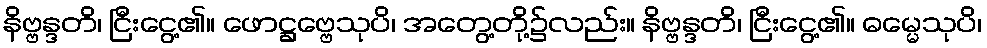
နိဗ္ဗန္ဒတိ၊ ငြီးငွေ့၏။ ဖောဋ္ဌဗ္ဗေသုပိ၊ အတွေ့တို့၌လည်း။ နိဗ္ဗန္ဒတိ၊ ငြီးငွေ့၏။ ဓမ္မေသုပိ၊